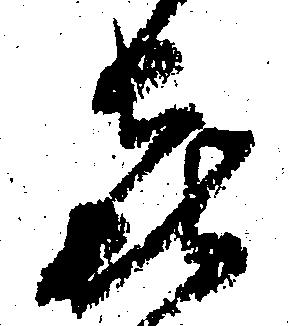
喜